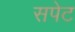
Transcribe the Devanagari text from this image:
सपेट